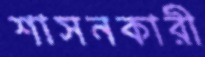
শাসনকারী